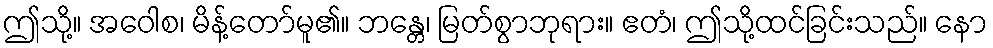
ဤသို့။ အဝေါစ၊ မိန့်တော်မူ၏။ ဘန္တေ၊ မြတ်စွာဘုရား။ ဧတံ၊ ဤသို့ထင်ခြင်းသည်။ နော